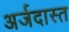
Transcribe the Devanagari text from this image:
अर्जदास्‍त